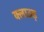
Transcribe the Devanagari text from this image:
क्लाउड़